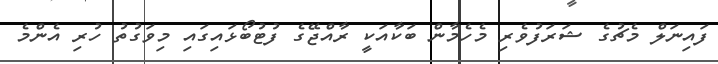
ފައިނަލް މެޗުގެ ޝަރަފުވެރި މެހެމާން ބަކާއަކީ ރާއްޖޭގެ ފުޓުބޯޅައިގައި މިވަގުތު ހުރި އެންމެ